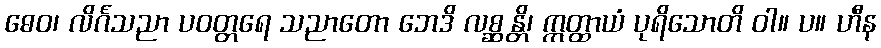
ဓေဝ၊ လိင်္ဂသညာ ပဝတ္တရေ သညာတော ဘေဒိ လစ္ဆန္တိ၊ ဣတ္ထာယံ ပုရိသောတိ ဝါ။ ပ။ ဟီန